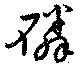
磷